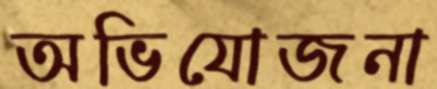
অভিযোজনা